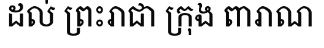
ដល់ ព្រះរាជា ក្រុង ពារាណ